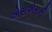
એસએસની